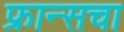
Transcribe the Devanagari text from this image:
फ्रान्‍सचा